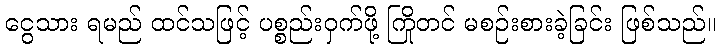
ငွေသား ရမည် ထင်သဖြင့် ပစ္စည်းဝှက်ဖို့ ကြိုတင် မစဉ်းစားခဲ့ခြင်း ဖြစ်သည်။